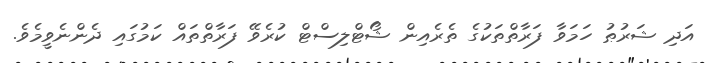
އަދި ޝަރުޠު ހަމަވާ ފަރާތްތަކުގެ ތެރެއިން ޝޯޓްލިސްޓް ކުރެވޭ ފަރާތްތައް ކަމުގައި ދެންނެވީމެވެ.